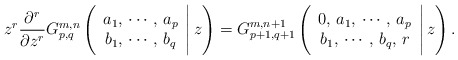
\begin{align*} z^r \frac{\partial^r}{\partial z^r}G^{m,n}_{p,q} \left(\begin{array} {c}a_1,\, \cdots,\, a_p \\ b_1,\,\cdots,\, b_q \end{array}\Bigg|\, z \right)= G^{m,n+1}_{p+1,q+1}\left(\begin{array} {c}0,\,a_1,\, \cdots,\, a_p \\ b_1,\,\cdots,\, b_q,\,r \end{array}\Bigg|\, z \right). \end{align*}